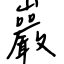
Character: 巖